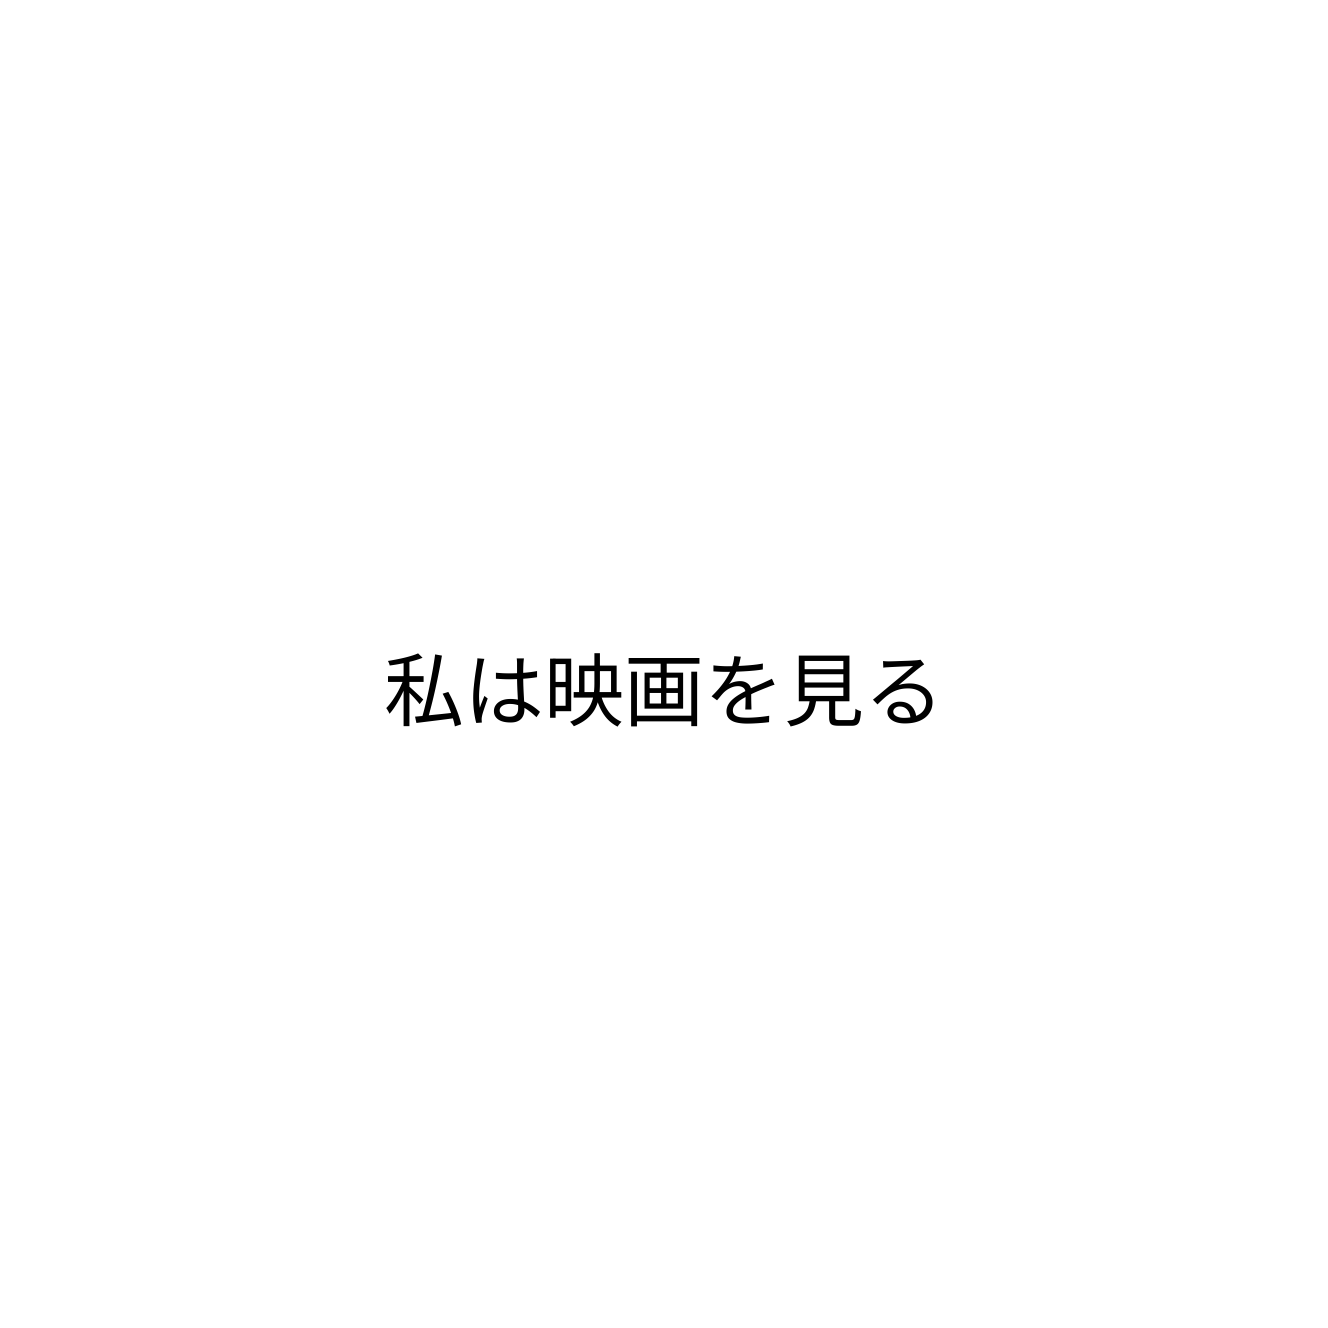
私は映画を見る